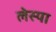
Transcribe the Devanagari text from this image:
लेस्या